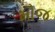
મૌજ